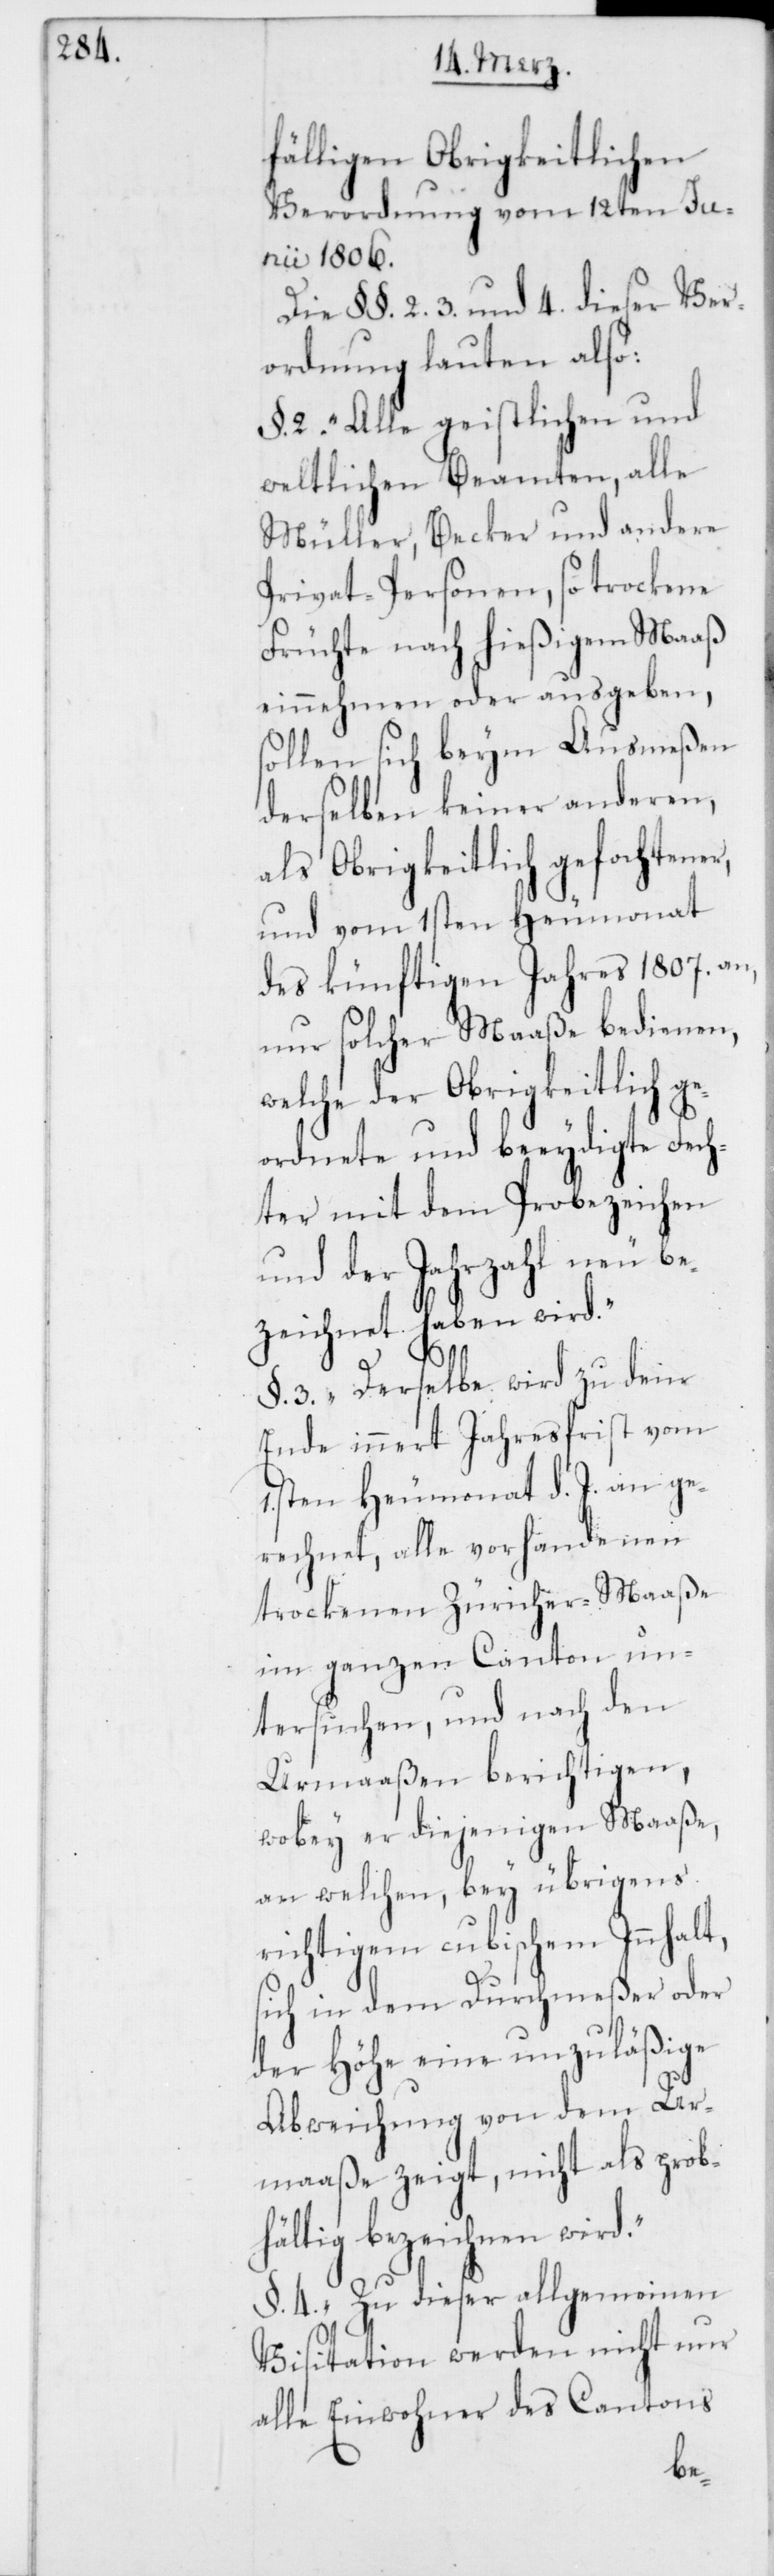
fälligen Obrigkeitlichen
Verordnung vom 12ten Ju¬
nii 1806.
Die §§. 2. 3 und 4. dieser Ver¬
ordnung lauten also:
§. 2. „Alle geistlichen und
weltlichen Beamten, alle
Müller, Becker und andere
Privat-Personen, so trockene
Früchte nach hießigem Maaß
einnehmen oder ausgeben,
sollen sich beym Ausmeßen
derselben keiner anderen,
als Obrigkeitlich gefochtener
und vom 1sten Heumonat
des künftigen Jahres 1807. an,
nur solcher Maaße bedienen,
welche der Obrigkeitlich g¬
eordnete und beeydigte Fech¬
ter mit dem Probezeichen
und der Jahrzahl neu be¬
zeichnet haben wird.“
§. 3. „Derselbe wird zu dem
Ende innert Jahresfrist vom
1.sten Heumonat d. J. an ge¬
rechnet, alle vorhandenen
trockenen Züricher-Maaße
im ganzen Canton un¬
tersuchen, und nach den
Urmaaßen berichtigen,
wobey er diejenigen Maaße,
an welchen, bey übrigens
richtigem cubischem Innhalt,
sich in dem Durchmeßer oder
der Höhe eine unzuläßige
Abweichung von dem Ur¬
maaße zeigt, nicht als prob¬
hältig bezeichnen wird.“
§. 4. „Zu dieser allgemeinen
Visitation werden nicht nur
alle Einwohner des Cantons